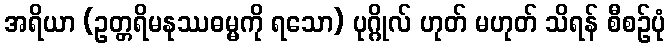
အရိယာ (ဥတ္တရိမနုဿဓမ္မကို ရသော) ပုဂ္ဂိုလ် ဟုတ် မဟုတ် သိရန် စီစဉ်ပုံ